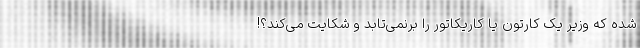
شده که وزیر یک کارتون یا کاریکاتور را برنمی‌تابد و شکایت می‌کند؟!